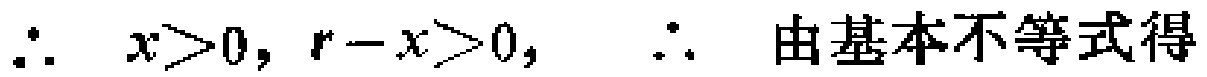
\(\therefore\ x>0, r - x>0, \ \therefore\) 由基本不等式得